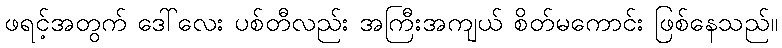
ဖရင့်အတွက် ဒေါ်လေး ပစ်တီလည်း အကြီးအကျယ် စိတ်မကောင်း ဖြစ်နေသည်။